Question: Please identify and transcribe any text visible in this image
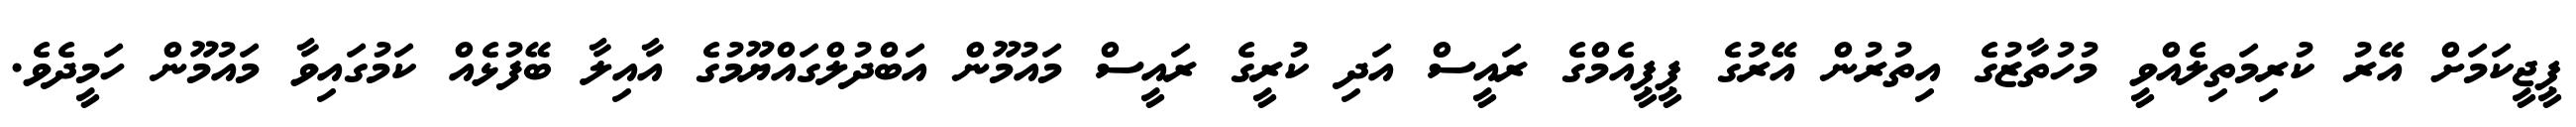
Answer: ޕީޖީކަމަށް އޭރު ކުރިމަތިލެއްވީ މުހުތާޒުގެ އިތުރުން އޭރުގެ ޕީޕީއެމްގެ ރައީސް އަދި ކުރީގެ ރައީސް މައުމޫން އަބްދުލްގައްޔޫމުގެ އާއިލާ ބޭފުޅެއް ކަމުގައިވާ މައުމޫން ހަމީދެވެ.